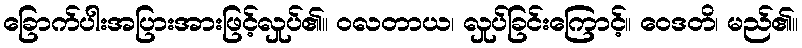
ခြောက်ပါးအပြားအားဖြင့်လှုပ်၏။ ဝလတာယ၊ လှုပ်ခြင်းကြောင့်။ ဝေဒတိ၊ မည်၏။